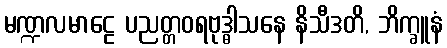
မဏ္ဍလမာဠေ ပညတ္တဝရဗုဒ္ဓါသနေ နိသီဒတိ, ဘိက္ခူနံ